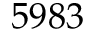
5 9 8 3